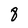
Character: 8